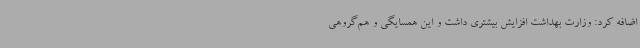
اضافه کرد: وزارت بهداشت افزایش بیشتری داشت و این همسایگی و هم‌گروهی